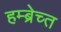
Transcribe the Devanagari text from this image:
हम्ब्रेच्त